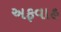
અફવાહ